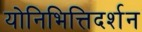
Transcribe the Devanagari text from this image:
योनिभित्तिदर्शन